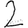
Digit: 2